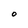
Character: 0